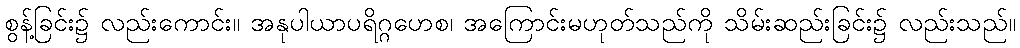
စွန့်ခြင်း၌ လည်းကောင်း။ အနုပါယာပရိဂ္ဂဟေစ၊ အကြောင်းမဟုတ်သည်ကို သိမ်းဆည်းခြင်း၌ လည်းသည်။